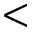
<